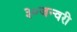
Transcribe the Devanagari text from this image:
३०जन्वरी